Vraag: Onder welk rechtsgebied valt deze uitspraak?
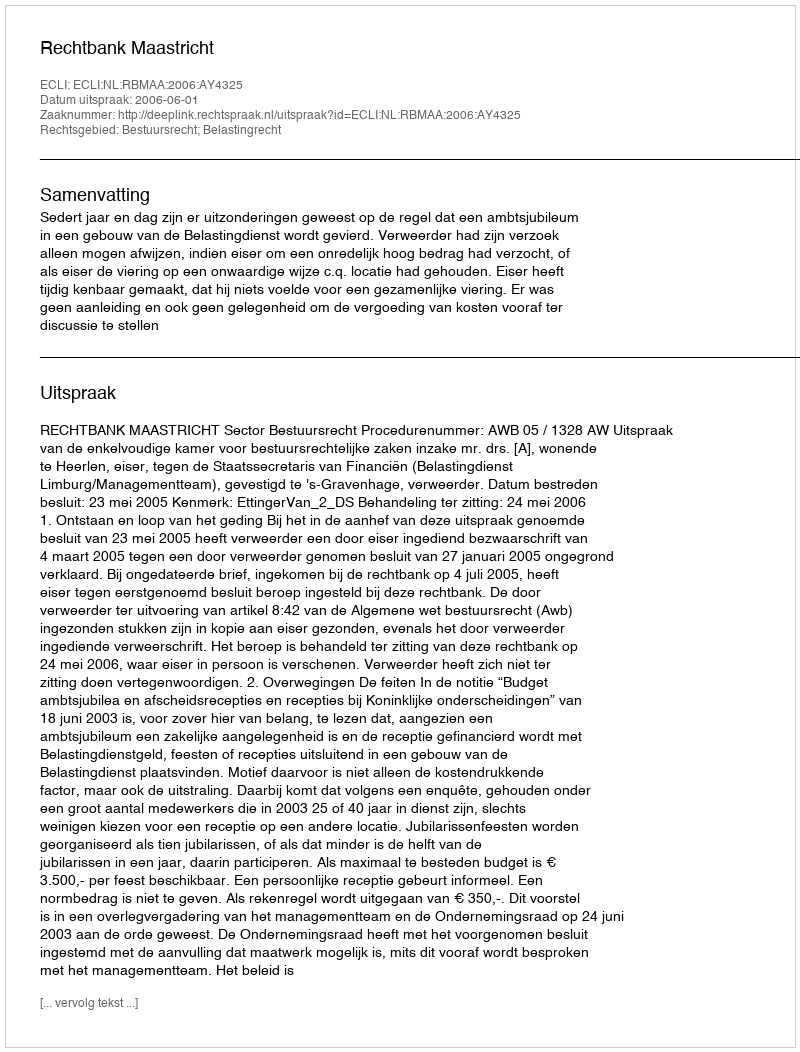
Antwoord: Bestuursrecht; Belastingrecht